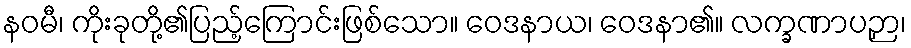
နဝမီ၊ ကိုးခုတို့၏ပြည့်ကြောင်းဖြစ်သော။ ဝေဒနာယ၊ ဝေဒနာ၏။ လက္ခဏာပဉှာ၊